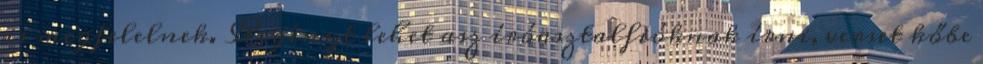
is megfelelnek. Regényt lehet asz íróasztalfióknak írni, verset kőbe